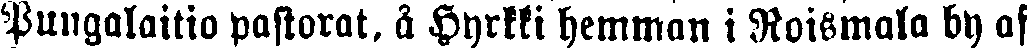
Pungalaitio pastorat, å Hyrkki hemman i Roismala by af